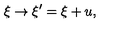
\xi \rightarrow \xi ^ { \prime } = \xi + u ,